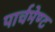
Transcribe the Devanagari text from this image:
पार्चमेण्ट